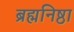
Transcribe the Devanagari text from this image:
ब्रह्मनिष्ठा